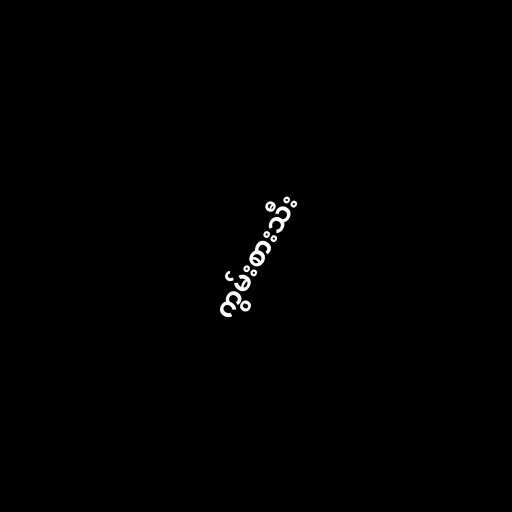
ကွမ်းစားသီး